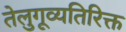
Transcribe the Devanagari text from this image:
तेलुगूव्यतिरिक्त